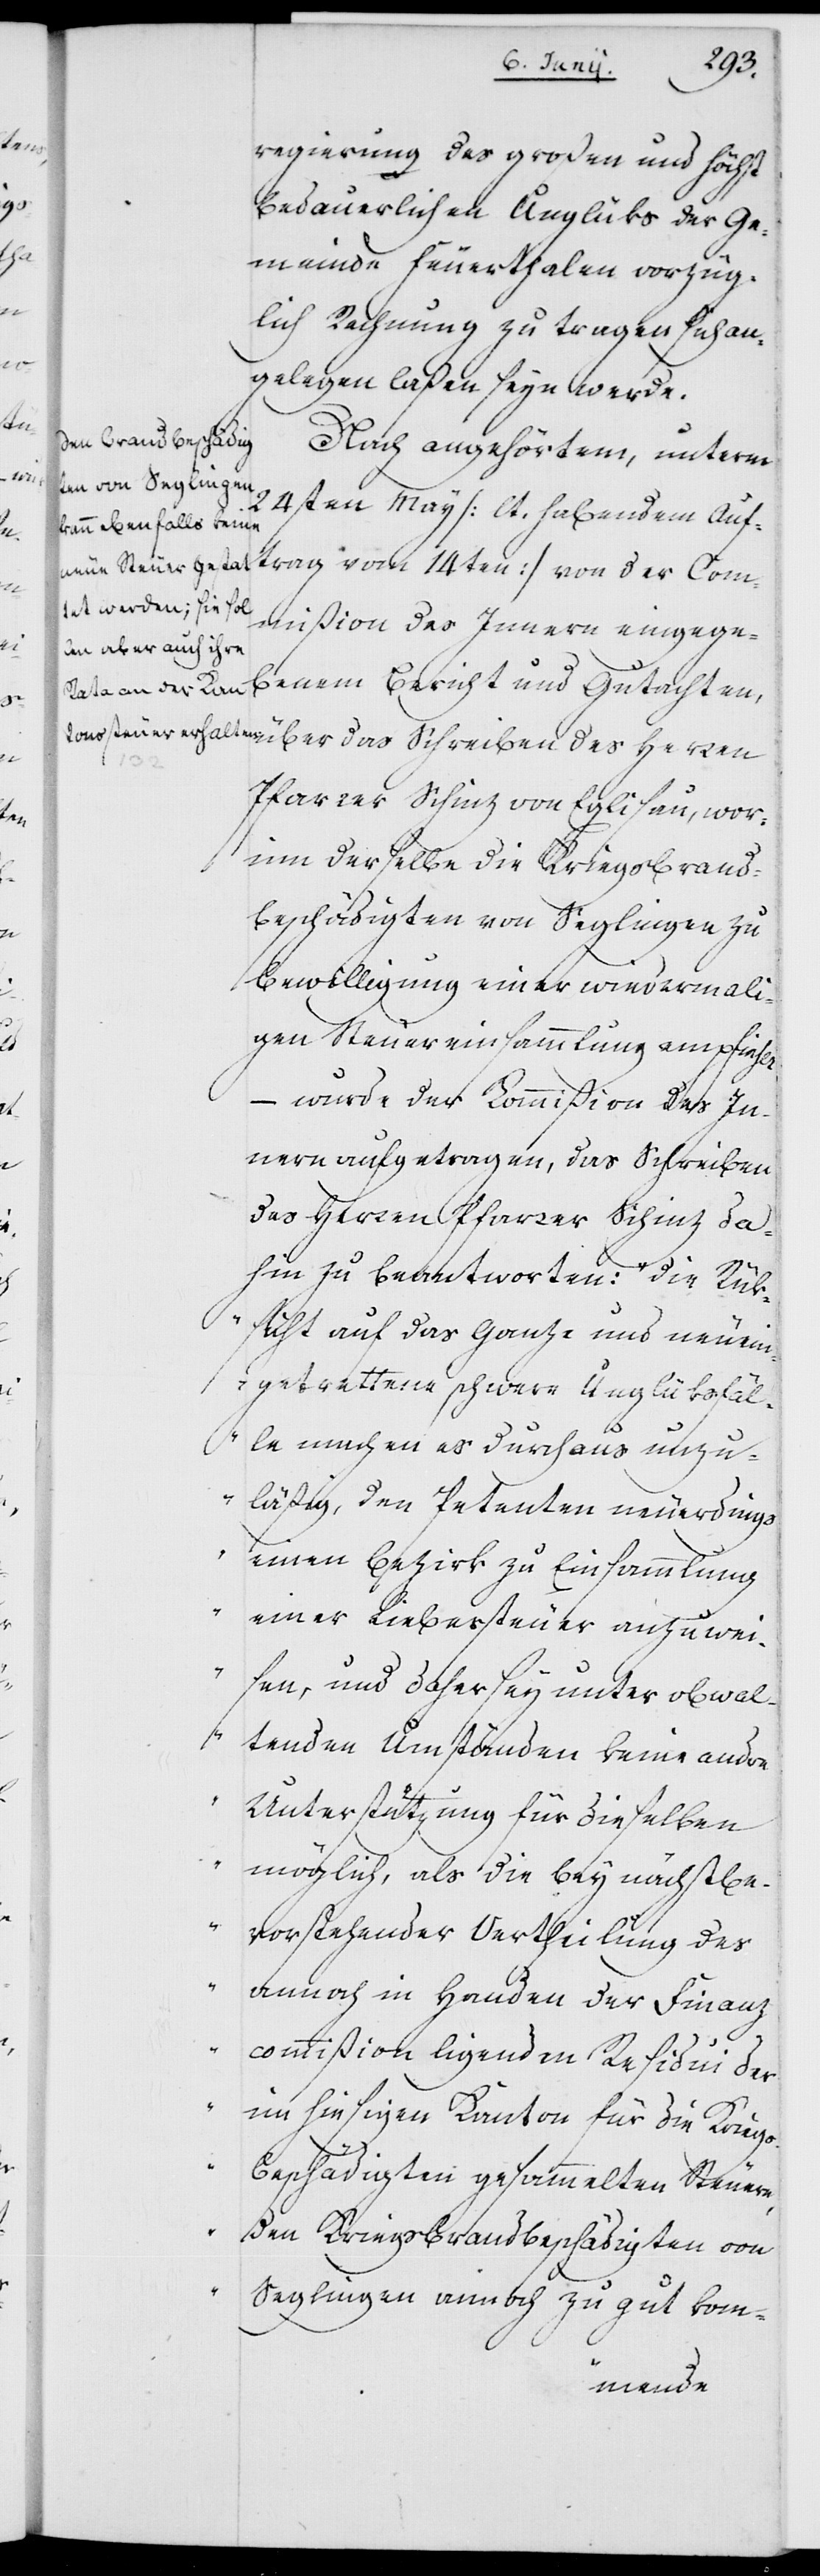
regierung des großen und höchst
bedauerlichen Unglüks der Ge¬
meinde Feuerthalen vorzüg¬
lich Rechnung zu tragen sich an¬
gelegen laßen seyn werde.
Nach angehörtem, unterm
24sten May (lt. habendem Auf¬
trag vom 14ten) von der Com¬
mißion des Innern eingege¬
benem Bericht und Gutachten,
Pfarrer Schinz von Eglisau, wor¬
inn derselbe die Kriegsbrand¬
beschädigten von Seglingen zu
Bewilligung einer wiedermali¬
gen Steuereinsammlung empfiehlt,
– wurde der Kommißion des In¬
nern aufgetragen, das Schreiben
des Herren Pfarrer Schinz da¬
hin zu beantworten: „Die Rük¬
sicht auf das Ganze und neu ein¬
getrettene schwere Unglüksfäl¬
le machen es durchaus unzu¬
läßig, den Petenten neuerdings
einen Bezirk zu Einsammlung
einer Liebessteuer anzuwei¬
sen, und daher sey unter obwal¬
des
tenden Umständen keine andre
Unterstützung für dieselben
möglich, als die bey nächst be¬
vorstehender Vertheilung des
annoch in Handen der Finanz¬
commißion liegenden Residui der
im hiesigen Kanton für die Kriegs¬
beschädigten gesammelten Steuern,
den Kriegsbrandbeschädigten von
Seglingen annoch zu gut kom-